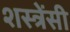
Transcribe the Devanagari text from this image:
शस्त्रेंसी